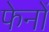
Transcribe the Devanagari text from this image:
फेनों